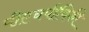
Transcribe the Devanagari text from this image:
पीएचपीविकी